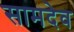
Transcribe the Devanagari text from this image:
सामदेव